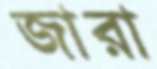
জারা